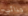
حذائي